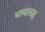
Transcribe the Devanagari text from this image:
भत्त्यासह